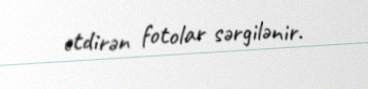
etdirən fotolar sərgilənir.